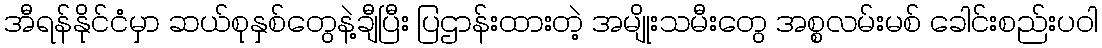
အီရန်နိုင်ငံမှာ ဆယ်စုနှစ်တွေနဲ့ချီပြီး ပြဌာန်းထားတဲ့ အမျိုးသမီးတွေ အစ္စလမ်းမစ် ခေါင်းစည်းပဝါ